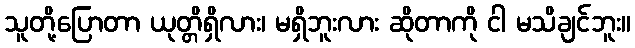
သူတို့ပြောတာ ယုတ္တိရှိလား၊ မရှိဘူးလား ဆိုတာကို ငါ မသိချင်ဘူး။